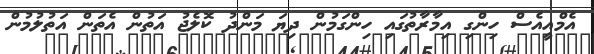
އެމްއީއެސް ހިންގި އިމާރާތުގައި ހިންގަމުން ދިޔަ މަންދު ކޮލެޖު އަތުން އެތަން އަތުލުމުން